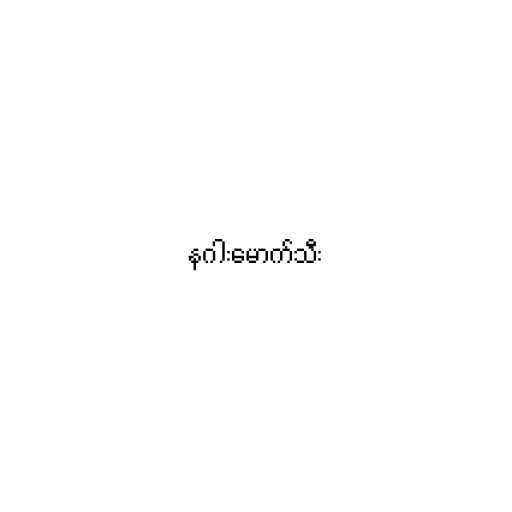
နဂါးမောက်သီး